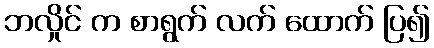
ဘလှိုင် က စာရွက် လက် ထောက် ပြ၍